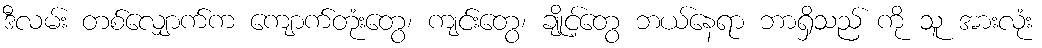
ဒီလမ်း တစ်လျှောက်က ကျောက်တုံးတွေ၊ ကျင်းတွေ၊ ချိုင့်တွေ ဘယ်နေရာ ဘာရှိသည် ကို သူ အားလုံး